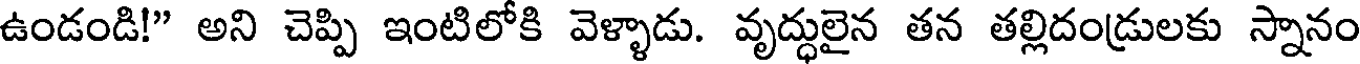
ఉండండి!" అని చెప్పి ఇంటిలోకి వెళ్ళాడు. వృద్ధులైన తన తల్లిదండ్రులకు స్నానం